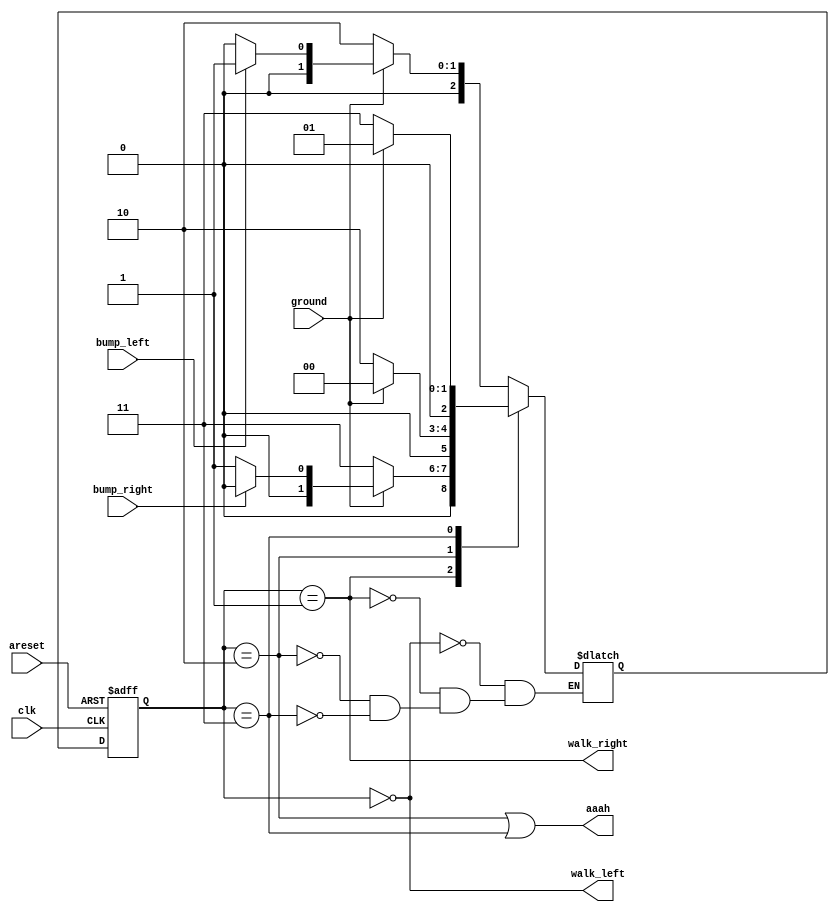
module top_module(
    input clk,
    input areset,    // Freshly brainwashed Lemmings walk left.
    input bump_left,
    input bump_right,
    input ground,
    output walk_left,
    output walk_right,
    output aaah ); 

    parameter LEFT = 0, RIGHT = 1, LEFT_aah = 2, RIGHT_aah = 3;
    reg [2:0] state, next_state;

    always @(posedge clk or posedge areset) begin
        if (areset) begin
            state <= LEFT;
        end
        else begin
            state <= next_state;
        end
    end

    always @(*) begin
        case (state)
            LEFT: begin
                if (ground) begin
                    next_state <= bump_left ? RIGHT : LEFT;
                end
                else begin
                    next_state <= LEFT_aah;
                end
            end
            RIGHT: begin
                if (ground) begin
                    next_state <= bump_right ? LEFT : RIGHT;
                end
                else begin
                    next_state <= RIGHT_aah;
                end
            end
            LEFT_aah: begin
                if (ground) begin
                    next_state <= LEFT;
                end
                else begin
                    next_state <= LEFT_aah;
                end
            end
            RIGHT_aah: begin
                if (ground) begin
                    next_state <= RIGHT;
                end
                else begin
                    next_state <= RIGHT_aah;
                end
            end
        endcase
    end

    assign walk_left = (state == LEFT);
    assign walk_right = (state == RIGHT);
    assign aaah = ((state == LEFT_aah) || (state == RIGHT_aah));

endmodule